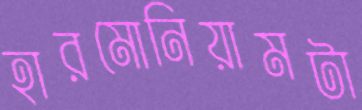
হারমোনিয়ামটা